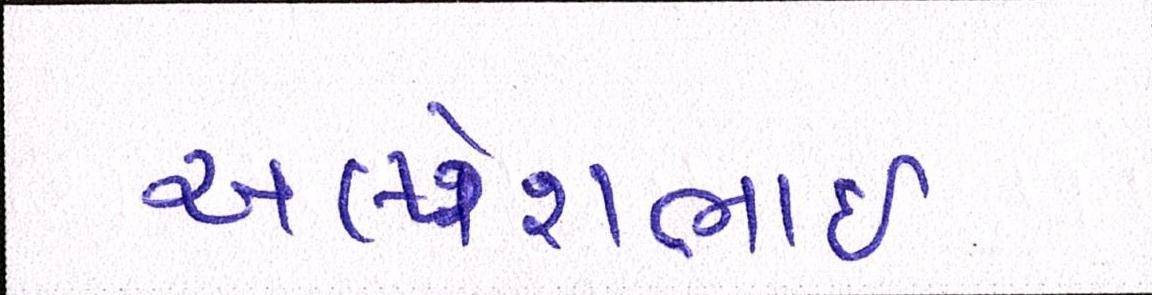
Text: અલ્પેશભાઇ